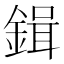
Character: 鍓